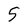
Character: 5